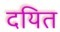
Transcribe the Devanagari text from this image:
दयित